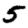
Digit: 5